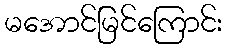
မအောင်မြင်ကြောင်း